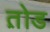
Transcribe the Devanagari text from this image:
त़ोड